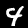
Label: 4